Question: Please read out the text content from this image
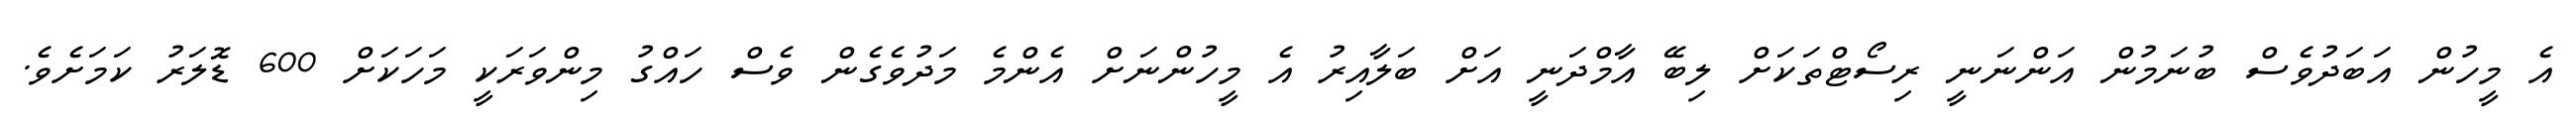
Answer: އެ މީހުން އަބަދުވެސް ބުނަމުން އަންނަނީ ރިސޯޓްތަކަށް ލިބޭ އާމްދަނީ އަށް ބަލާއިރު އެ މީހުންނަށް އެންމެ މަދުވެގެން ވެސް ހައްގު މިންވަރަކީ މަހަކަށް 600 ޑޮލަރު ކަމަށެވެ.